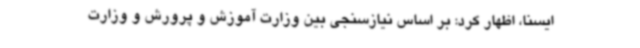
ایسنا، اظهار کرد: بر اساس نیازسنجی بین وزارت آموزش و پرورش و وزارت